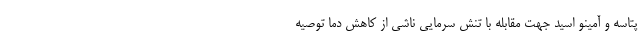
پتاسه و آمینو اسید جهت مقابله با تنش سرمایی ناشی از کاهش دما توصیه